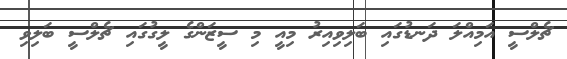
ޗެލްސީ އަމިއްލަ ދަނޑުގައި ބަލިވިއިރު މިއީ މި ސީޒަންގެ ލީގުގައި ޗެލްސީ ބަލިވި